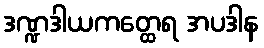
ဒဏ္ဍဒါယကတ္ထေရ အပဒါန